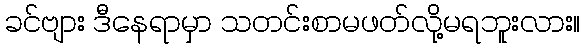
ခင်ဗျား ဒီနေရာမှာ သတင်းစာမဖတ်လို့မရဘူးလား။